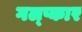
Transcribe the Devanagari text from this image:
गल्प्कार